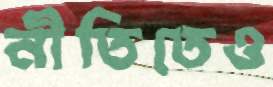
নীতিতেও